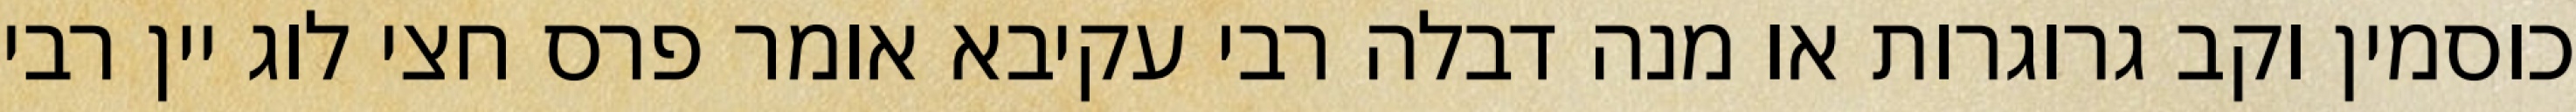
כוסמין וקב גרוגרות או מנה דבלה רבי עקיבא אומר פרס חצי לוג יין רבי